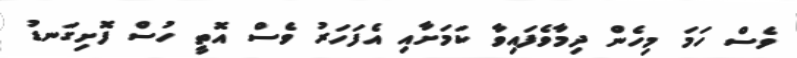
ވެސް ހަމަ މިހެން ދިމާވެފައިވާ ކަމަށާއި އެފަހަރު ވެސް އޮތީ ހުސް ފޮށިގަނޑު